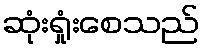
ဆုံးရှုံးစေသည်